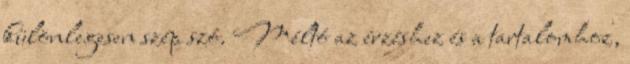
különlegesen szép szó. Méltó az érzéshez és a tartalomhoz,